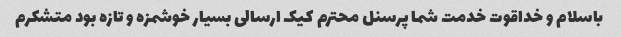
باسلام و خداقوت خدمت شما پرسنل محترم کیک ارسالی بسیار خوشمزه و تازه بود متشکرم